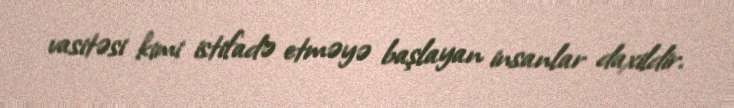
vasitəsi kimi istifadə etməyə başlayan insanlar daxildir.